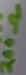
Text: 200Ω